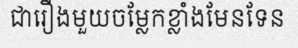
ជារឿងមួយចម្លែកខ្លាំងមែនទែន